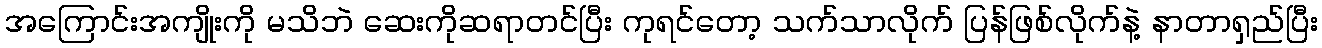
အကြောင်းအကျိုးကို မသိဘဲ ဆေးကိုဆရာတင်ပြီး ကုရင်တော့ သက်သာလိုက် ပြန်ဖြစ်လိုက်နဲ့ နာတာရှည်ပြီး